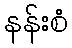
နန်းစံ